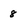
Character: 8